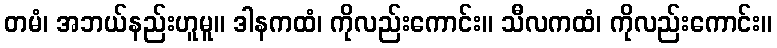
တမံ၊ အဘယ်နည်းဟူမူ။ ဒါနကထံ၊ ကိုလည်းကောင်း။ သီလကထံ၊ ကိုလည်းကောင်း။